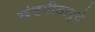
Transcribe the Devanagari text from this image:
खंडपीठापुढे